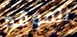
الموقد